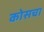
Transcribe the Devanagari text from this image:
कोसचा